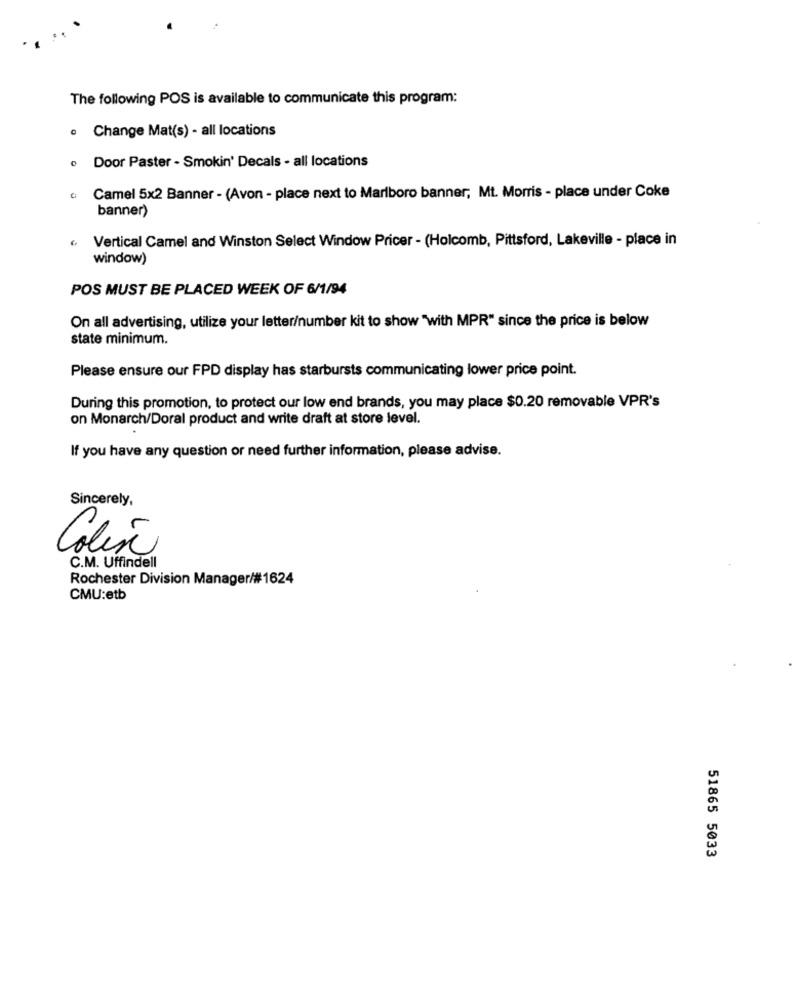
The following POS is available to communicate this program:
· Change Mat(s) - all locations
· Door Paster - Smokin' Decals - all locations
Camel 5x2 Banner - (Avon - place next to Marlboro banner, Mt. Morris - place under Coke
banner)
Vertical Camel and Winston Select Window Pricer - (Holcomb, Pittsford, Lakeville - place in
window)
POS MUST BE PLACED WEEK OF 6/1/94
On all advertising, utilize your letter/number kit to show "with MPR" since the price is below
state minimum.
Please ensure our FPD display has starbursts communicating lower price point.
During this promotion, to protect our low end brands, you may place $0.20 removable VPR's
on Monarch/Doral product and write draft at store level.
If you have any question or need further information, please advise.
Sincerely,
Colin
C.M. Uffindell
Rochester Division Manager/#1624
CMU:etb
51865 5033